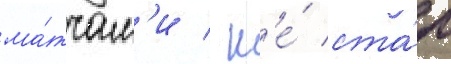
ма́тчам'и / н'е́ ста́л